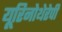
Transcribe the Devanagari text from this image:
यूरिनोथेरेपी